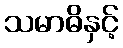
သမာဓိနှင့်